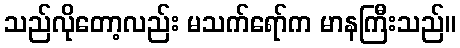
သည်လိုတော့လည်း မသက်ရော်က မာနကြီးသည်။